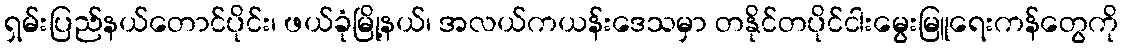
ရှမ်းပြည်နယ်တောင်ပိုင်း၊ ဖယ်ခုံမြို့နယ်၊ အလယ်ကယန်းဒေသမှာ တနိုင်တပိုင်ငါးမွေးမြူရေးကန်တွေကို